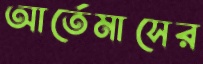
আর্তেমাসের